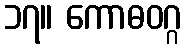
၁၇။ ကောဓဝဂ္ဂ